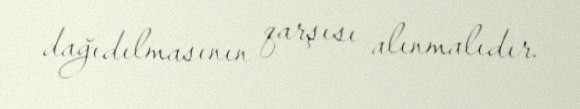
dağıdılmasının qarşısı alınmalıdır.